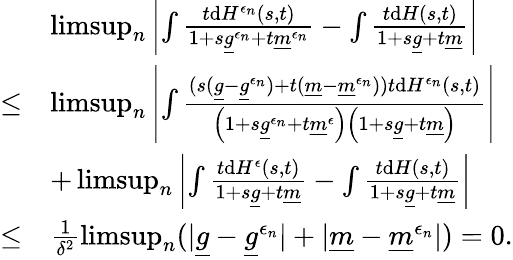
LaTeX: \begin{array}{rl}&{\operatorname*{limsup}_{n}\left\vert\int\frac{t\mathrm{d}H^{\epsilon_{n}}(s,t)}{1+s\underline{g}^{\epsilon_{n}}+t\underline{m}^{\epsilon_{n}}}-\int\frac{t\mathrm{d}H(s,t)}{1+s\underline{g}+t\underline{m}}\right\vert}\\ {\le}&{\operatorname*{limsup}_{n}\left\vert\int\frac{(s(\underline{g}-\underline{g}^{\epsilon_{n}})+t(\underline{m}-\underline{m}^{\epsilon_{n}}))t\mathrm{d}H^{\epsilon_{n}}(s,t)}{\left(1+s\underline{g}^{\epsilon_{n}}+t\underline{m}^{\epsilon}\right)\left(1+s\underline{g}+t\underline{m}\right)}\right\vert}\\ &{+\operatorname*{limsup}_{n}\left\vert\int\frac{t\mathrm{d}H^{\epsilon}(s,t)}{1+s\underline{g}+t\underline{m}}-\int\frac{t\mathrm{d}H(s,t)}{1+s\underline{g}+t\underline{m}}\right\vert}\\ {\leq}&{\frac 1{\delta^{2}}\operatorname*{limsup}_{n}(\vert\underline{g}-\underline{g}^{\epsilon_{n}}\vert+\vert\underline{m}-\underline{m}^{\epsilon_{n}}\vert)=0.}\end{array}